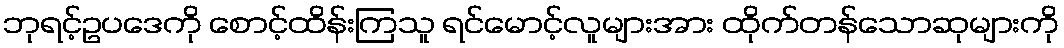
ဘုရင့်ဥပဒေကို စောင့်ထိန်းကြသူ ရင်မောင့်လူများအား ထိုက်တန်သောဆုများကို